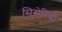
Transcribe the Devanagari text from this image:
सिसेरियो